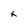
Character: x